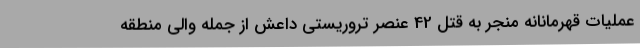
عملیات قهرمانانه منجر به قتل 42 عنصر تروریستی داعش از جمله والی منطقه